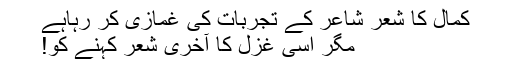
کمال کا شعر شاعر کے تجربات کی غمازی کر رہاہے
مگر اسی غزل کا آخری شعر کہنے کو!